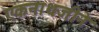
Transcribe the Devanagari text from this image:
एकनाथजीने